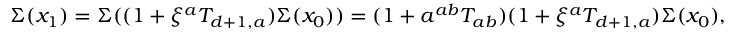
\Sigma ( x _ { 1 } ) = \Sigma ( ( 1 + \xi ^ { a } T _ { d + 1 , a } ) \Sigma ( x _ { 0 } ) ) = ( 1 + a ^ { a b } T _ { a b } ) ( 1 + \xi ^ { a } T _ { d + 1 , a } ) \Sigma ( x _ { 0 } ) ,